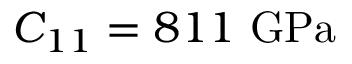
C _ { 1 1 } = 8 1 1 ~ \mathrm { G P a }